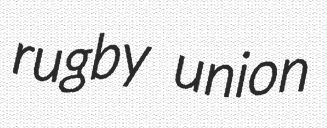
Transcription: rugby union